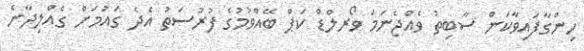
ހިންގާފައިވާކަން ސާބިތު ވެއްޖެނަމަ ވޯރލްޑް ކަޕް ބޭއްވުމުގެ ފުރުސަތު އެދެ ގައުމަށް ގެއްލިދާނެ